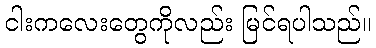
ငါးကလေးတွေကိုလည်း မြင်ရပါသည်။